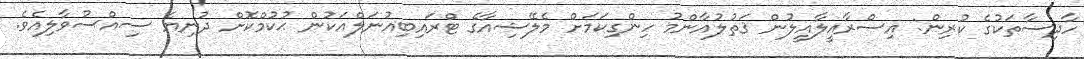
ހާދިސާތަކުގެ ކުރިން: އިސްރާއީލާއީލުން ޤަތުލުއާންމު ހިންގިކަމަށް މެލޭޝިއާގެ ޓްރައިބިއުނަލްއަކުން ޙުކުމްކޮށް ދުނިޔެ ސިއްސުވާލިއެވެ.